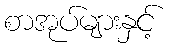
စာအုပ်များနှင့်